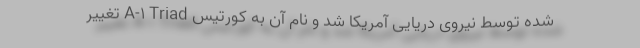
شده توسط نیروی دریایی آمریکا شد و نام آن به کورتیس A-1 Triad تغییر